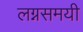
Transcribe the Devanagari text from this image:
लग्नसमयी